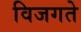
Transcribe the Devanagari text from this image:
विजगते